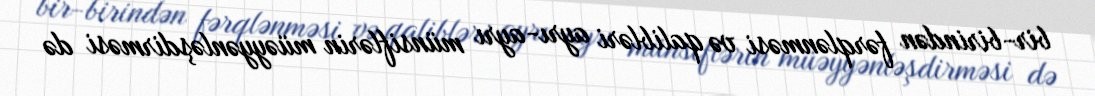
bir-birindən fərqlənməsi və qalibləri ayrı-ayrı münsiflərin müəyyənləşdirməsi də